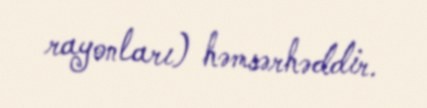
rayonları) həmsərhəddir.